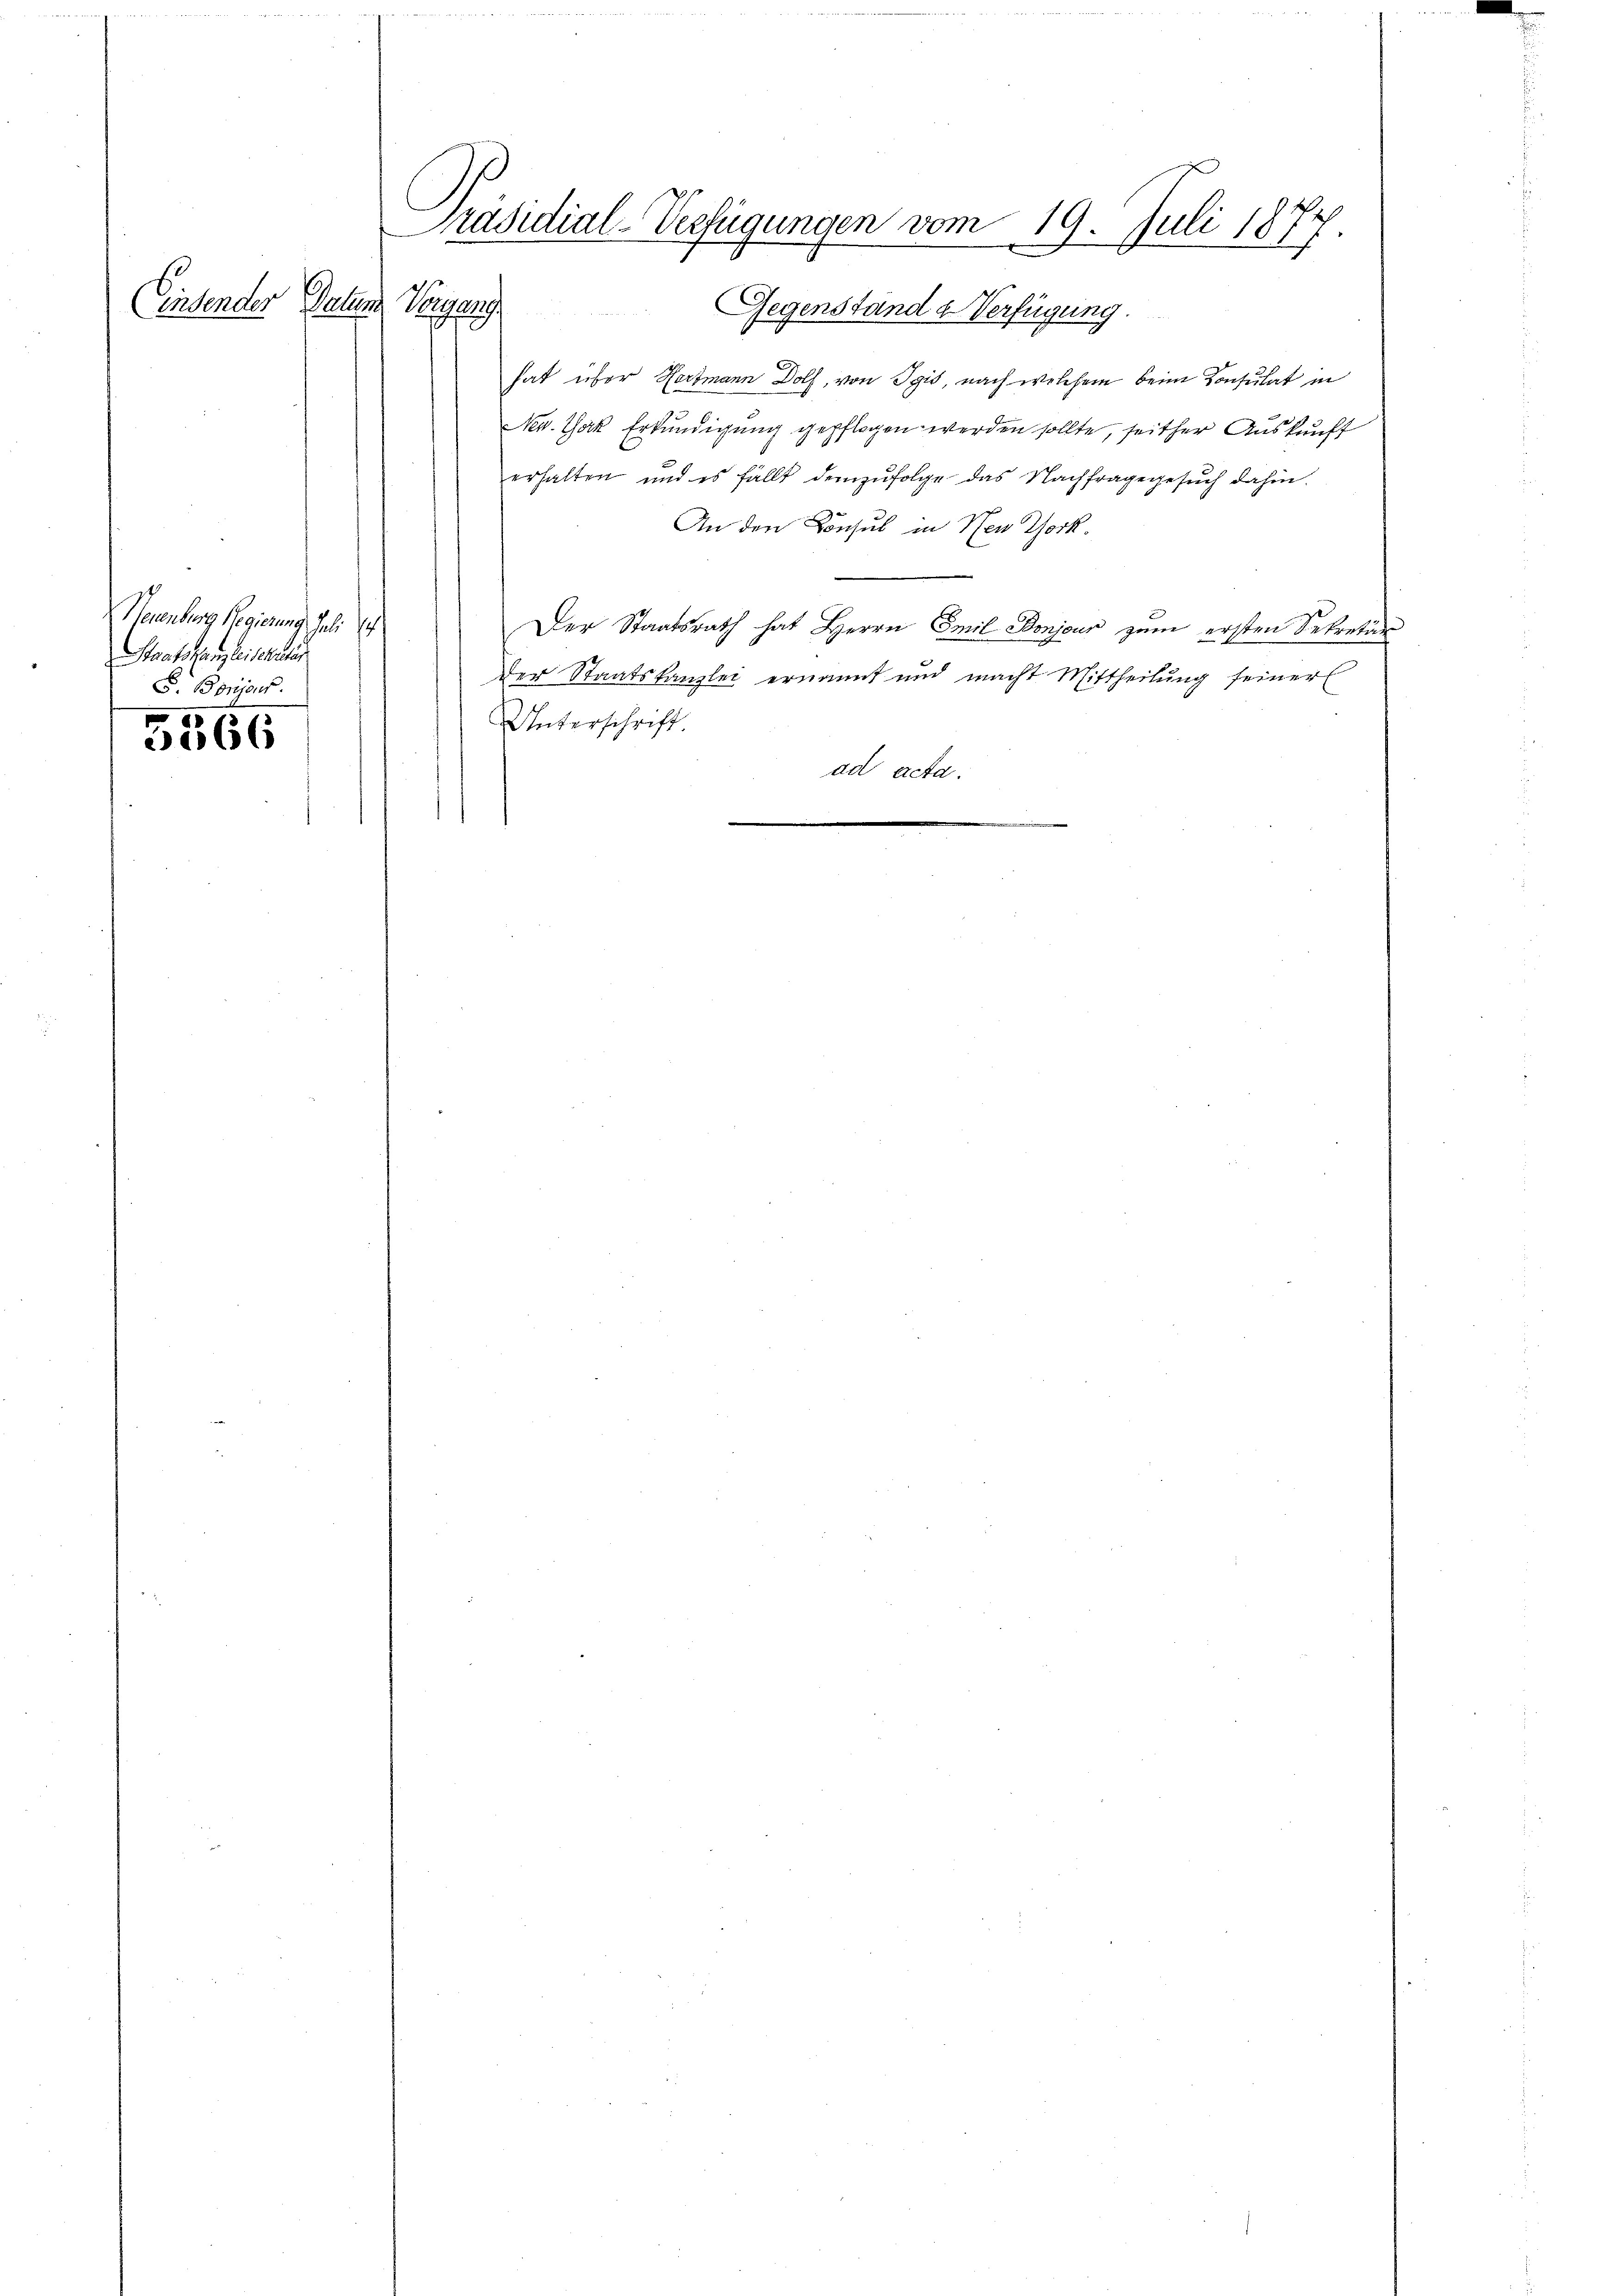
Einsender Datum

Neuenburg Regierung. Juli 1
Staatskanzleisch aus
S. Bonjsus.

5566

räsidial-Verfügungen vom 19. Juli 1874
Nergang
Gegenstand u. Verfügung.

hat über Hortmann Dolf, von Igis, nach welchem beim Konsulat in
Nev. Yak Erkundigung gepflogen werden sollte, seither Auskunft
erhalten und es fällt demzufolge das Nachfragegesŭch dahin.
An den Konsul in New York.
Der Staatsrath hat Herrn Emil Bonjour zum ersten Sekretär
der Staatskanzlei ernannt und macht Mittheilung feiner
Unterschrift.
ad
Acta.
e